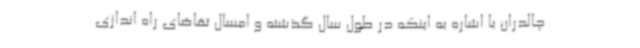
چالدران با اشاره به اینکه در طول سال گذشته و امسال تقاضای راه اندازی